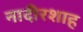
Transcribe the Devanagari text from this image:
नादीरशाह